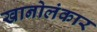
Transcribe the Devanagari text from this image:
खानोलंकार